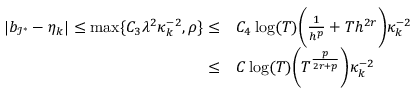
\begin{array} { r l } { | b _ { \mathcal I ^ { * } } - \eta _ { k } | \le \operatorname* { m a x } \{ C _ { 3 } \lambda ^ { 2 } \kappa _ { k } ^ { - 2 } , \rho \} \le } & { C _ { 4 } \log ( T ) \bigg ( \frac { 1 } { h ^ { p } } + T h ^ { 2 r } \bigg ) \kappa _ { k } ^ { - 2 } } \\ { \le } & { C \log ( T ) \bigg ( T ^ { \frac { p } { 2 r + p } } \bigg ) \kappa _ { k } ^ { - 2 } } \end{array}